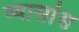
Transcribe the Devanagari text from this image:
व्यासांस